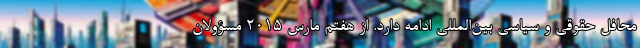
محافل حقوقی و سیاسی بین‌المللی ادامه دارد. از هفتم مارس ۲۰۱۵ مسؤولان